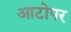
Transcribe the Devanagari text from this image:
आटोपर